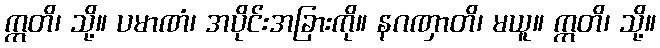
ဣတိ၊ သို့။ ပမာဏံ၊ အပိုင်းအခြားကို။ နဂဏှာတိ၊ မယူ။ ဣတိ၊ သို့။